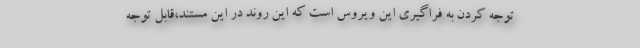
توجه کردن به فراگیری این ویروس است که این روند در این مستند،قابل توجه